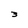
Character: 3